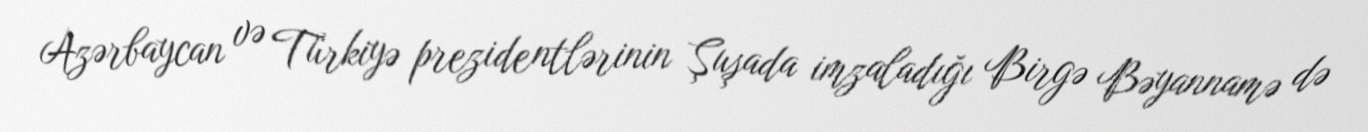
Azərbaycan və Türkiyə prezidentlərinin Şuşada imzaladığı Birgə Bəyannamə də